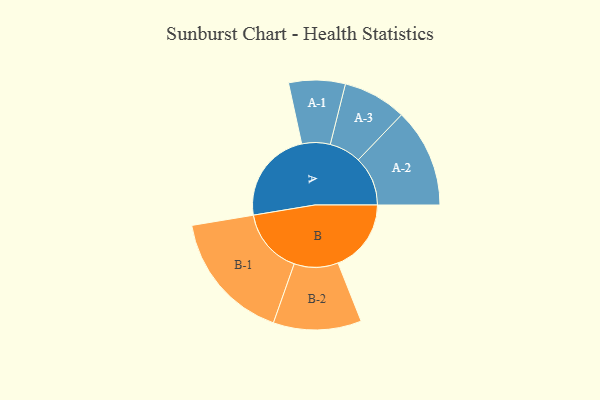
{"axis": {"x": "Segment", "y": "Value"}, "legend": ["", "A", "B"], "data": [{"x": "A", "y": 426, "type": ""}, {"x": "B", "y": 334, "type": ""}, {"x": "A-1", "y": 129, "type": "A"}, {"x": "A-2", "y": 226, "type": "A"}, {"x": "A-3", "y": 145, "type": "A"}, {"x": "B-1", "y": 299, "type": "B"}, {"x": "B-2", "y": 201, "type": "B"}]}